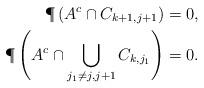
LaTeX: \begin{align*}\P\left(A^c \cap C_{k+1, j+1} \right) &= 0,\\\P\left(A^c \cap \bigcup _{j_1 \ne j,j+1} C_{k, j_1} \right) &= 0.\end{align*}